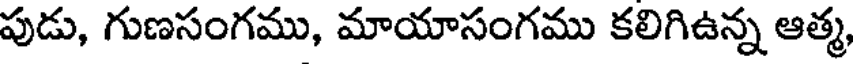
పుడు, గుణసంగము, మాయాసంగము కలిగిఉన్న ఆత్మ,